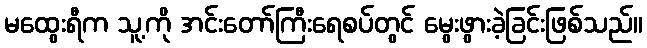
မထွေးရီက သူ့ကို အင်းတော်ကြီးရေစပ်တွင် မွေးဖွားခဲ့ခြင်းဖြစ်သည်။